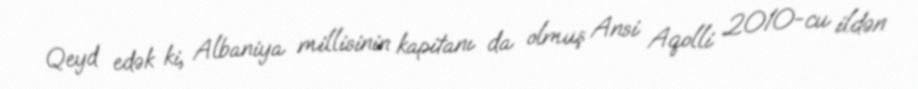
Qeyd edək ki, Albaniya millisinin kapitanı da olmuş Ansi Aqolli 2010-cu ildən